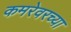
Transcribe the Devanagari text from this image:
कमरेवरच्या